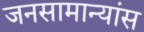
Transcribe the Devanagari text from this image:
जनसामान्यांस